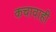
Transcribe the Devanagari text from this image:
कचावाही